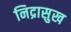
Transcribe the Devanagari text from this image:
निद्रासुख